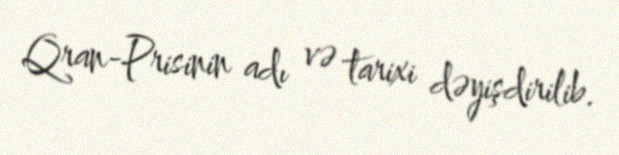
Qran-Prisinin adı və tarixi dəyişdirilib.